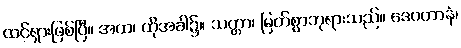
ထင်ရှားဖြစ်ပြီ။ အထ၊ ထိုအခါ၌။ သတ္တာ၊ မြတ်စွာဘုရားသည်။ ဒေဝတာနံ၊